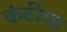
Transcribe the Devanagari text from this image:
कंठींचा